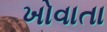
ખોવાતા